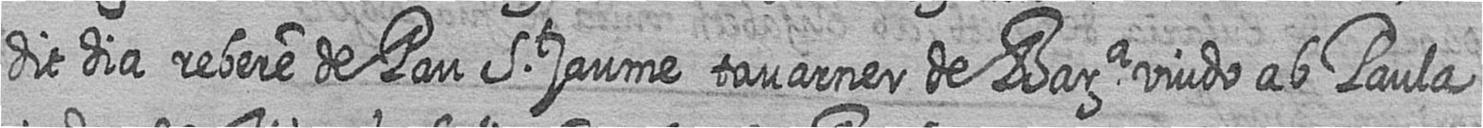
dit dia rebere de Pau St jaume tavarner de Bara viudo ab Paula